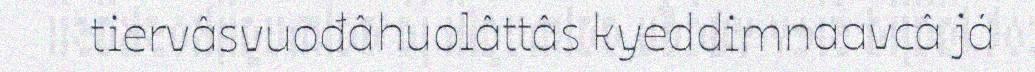
tiervâsvuođâhuolâttâs kyeddimnaavcâ já